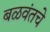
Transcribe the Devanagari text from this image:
बळवंतचे